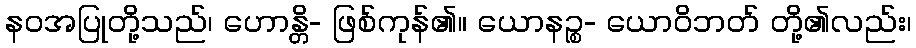
နဝအပြုတို့သည်၊ ဟောန္တိ- ဖြစ်ကုန်၏။ ယောနဉ္စ- ယောဝိဘတ် တို့၏လည်း၊